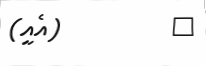
٨         (އެއީ)